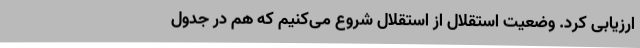
ارزیابی کرد. وضعیت استقلال از استقلال شروع می‌کنیم که هم در جدول